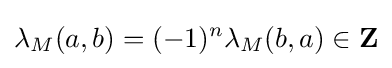
\lambda _{M}(a,b)=(-1)^{n}\lambda _{M}(b,a)\in \mathbf {Z}